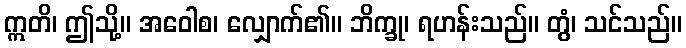
ဣတိ၊ ဤသို့။ အဝေါစ၊ လျှောက်၏။ ဘိက္ခု၊ ရဟန်းသည်။ တွံ၊ သင်သည်။